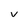
Character: V